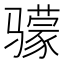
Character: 𬴌